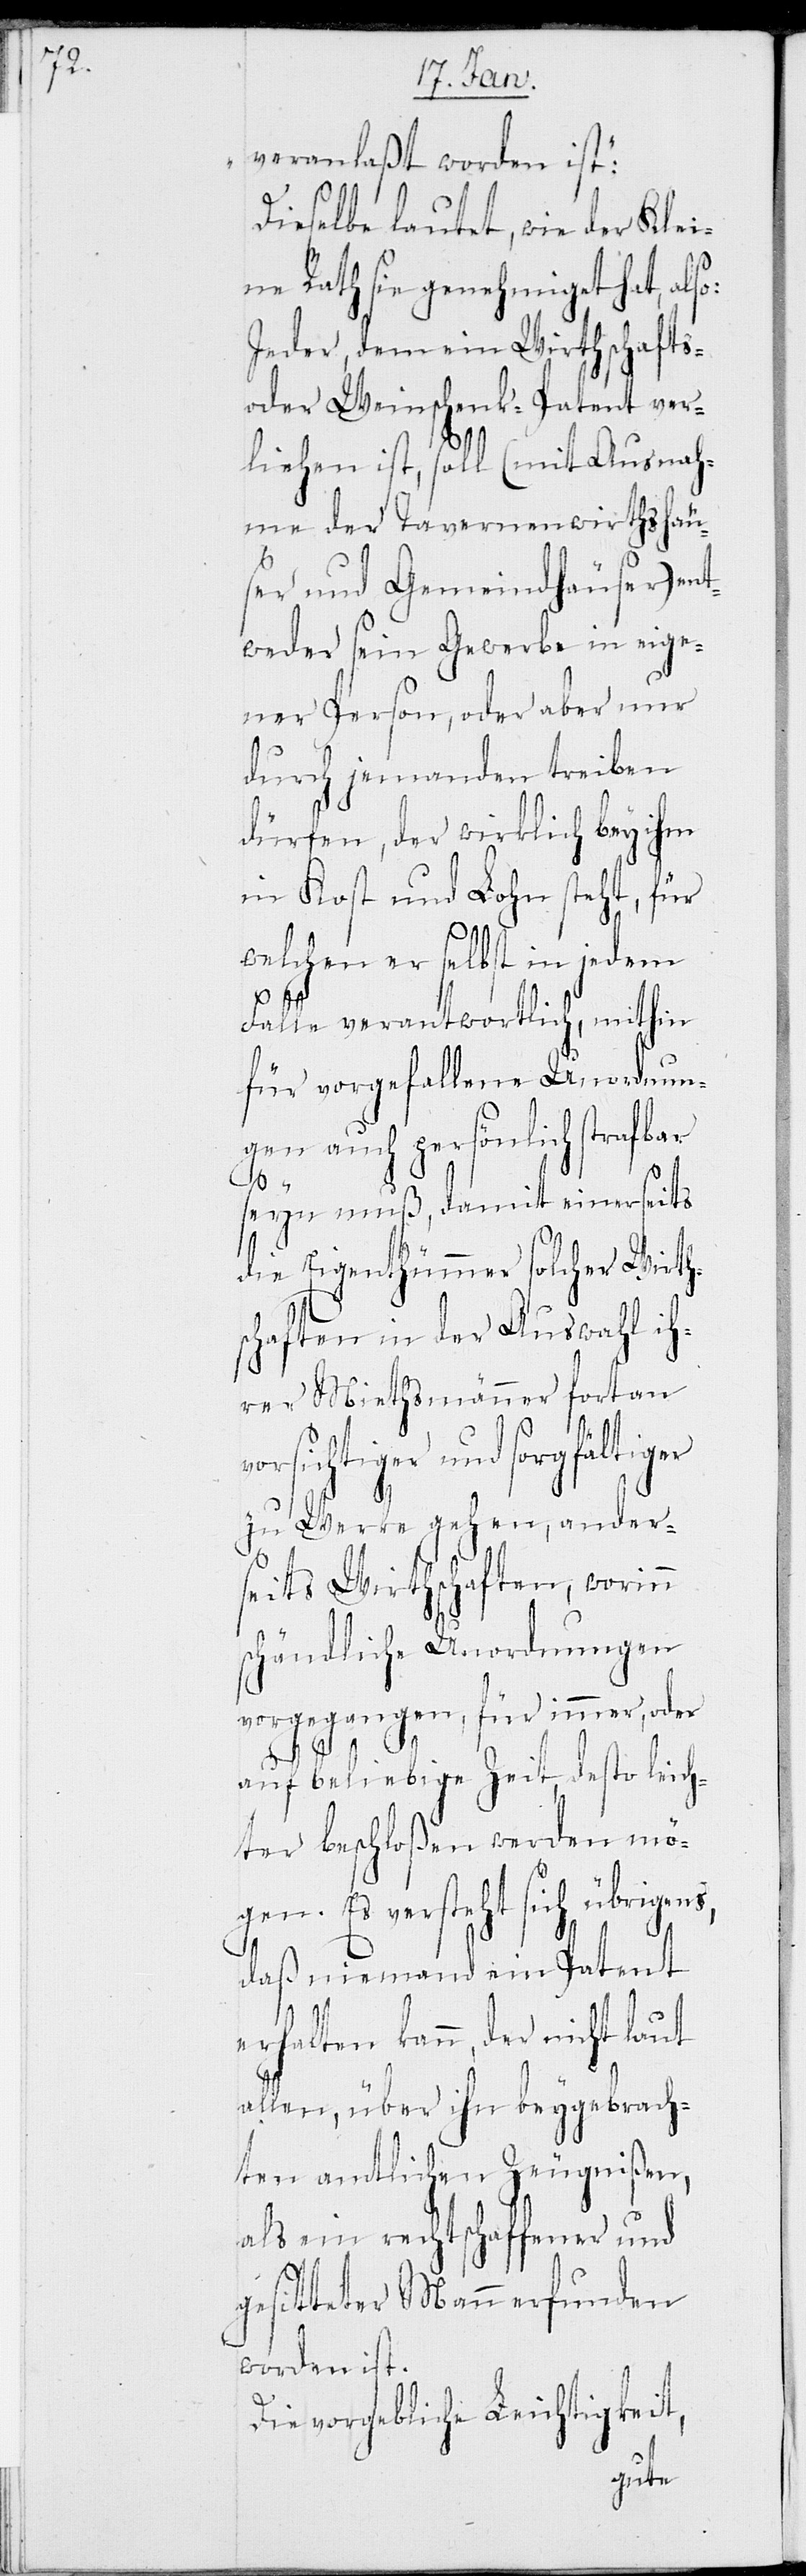
ns,

veranlaßt worden ist:“
Dieselbe lautet, wie der Klei¬
ne Rath sie genehmiget hat, als¬
Jeder, dem ein Wirthschafts-
oder Weinschenk-Patent ver¬
liehen ist, soll (mit Ausnah¬
me der Tavernenwirthshau¬
ser und Gemeindhauser) ent¬
weder sein Gewerbe in eige¬
ner Person, oder aber nur
durch jemanden treiben
dürfen, der wirklich bey ihm
in Kost und Lohn steht, für
welchen er selbst in jedem
Falle verantwortlich, mithin
für vorgefallene Unordnun¬
gen auch persönlich strafbar
seyn muß, damit einerseits
die Eigenthümer solcher Wirths¬
chaften in der Auswahl ih¬
rer Miehtsmänner fortan
orsichtiger und sorgfältiger
zu Werke gehen, ander¬
seits Wirthschaften, worinn
schändliche Unordnungen
vorgegangen, für immer, oder
auf beliebige Zeit, desto leich¬
ter beschloßen werden mö¬
gen. Es versteht sich übrige¬
daß niemand ein Patent
erhalten kann, der nicht laut
allen, über ihn beygebrach¬
ten amtlichen Zeugnißen,
als ein rechtschaffener und
gesitteter Mann erfunden
worden ist.
Die vorgebliche Leichtigkeit,